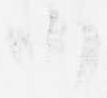
候